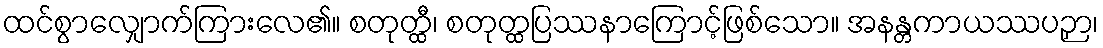
ထင်စွာလျှောက်ကြားလေ၏။ စတုတ္ထီ၊ စတုတ္ထပြဿနာကြောင့်ဖြစ်သော။ အနန္တကာယဿပဉှာ၊